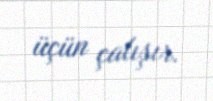
üçün çalışır.